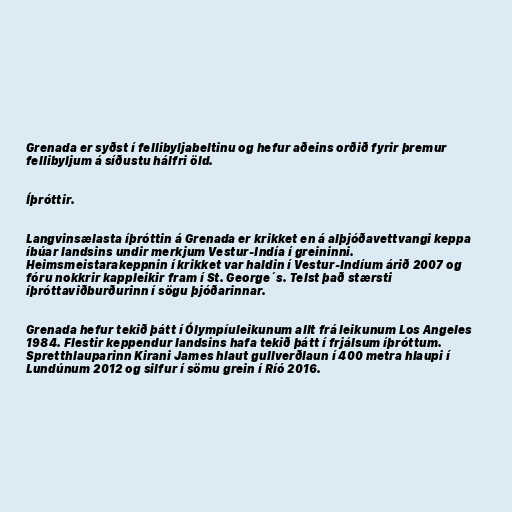
Grenada er syðst í fellibyljabeltinu og hefur aðeins orðið fyrir þremur
fellibyljum á síðustu hálfri öld.

Íþróttir.

Langvinsælasta íþróttin á Grenada er krikket en á alþjóðavettvangi keppa
íbúar landsins undir merkjum Vestur-Indía í greininni.
Heimsmeistarakeppnin í krikket var haldin í Vestur-Indíum árið 2007 og
fóru nokkrir kappleikir fram í St. George´s. Telst það stærsti
íþróttaviðburðurinn í sögu þjóðarinnar.

Grenada hefur tekið þátt í Ólympíuleikunum allt frá leikunum Los Angeles
1984. Flestir keppendur landsins hafa tekið þátt í frjálsum íþróttum.
Spretthlauparinn Kirani James hlaut gullverðlaun í 400 metra hlaupi í
Lundúnum 2012 og silfur í sömu grein í Ríó 2016.